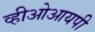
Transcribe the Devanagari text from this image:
व्हीओआयपी